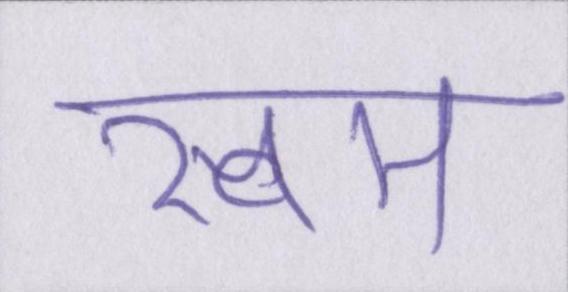
स्वम